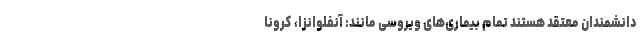
دانشمندان معتقد هستند تمام بیماری‌های ویروسی مانند: آنفلوانزا، کرونا